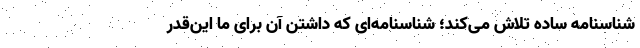
شناسنامه ساده تلاش می‌کند؛ شناسنامه‌ای که داشتن آن برای ما این‌قدر